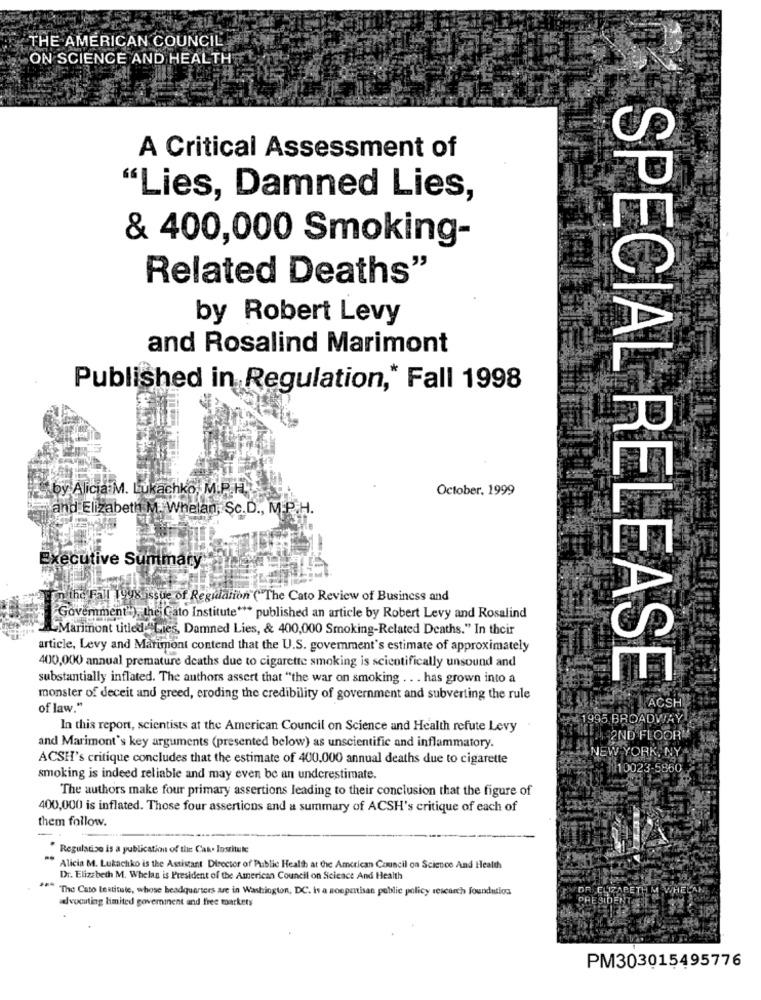
THE AMERICAN COUNCIL
ON SCIENCE AND HEALTH
A Critical Assessment of
"Lies, Damned Lies,
& 400,000 Smoking-
Related Deaths"
by Robert Levy
and Rosalind Marimont
Published in Regulation ,* Fall 1998
by Alicia M. Lukachko; M.P. H.
October, 1999
and Elizabeth M. Whelan, Sc.D ., M.P.H.
Executive Summary
in the Fall 1998 issue of Regulation ("The Cato Review of Business and
"Govemment"), the Cato Institute *** published an article by Robert Levy and Rosalind
Marimont titled "Lies, Damned Lies, & 400,000 Smoking-Related Deaths." In their
article, Levy and Marimont contend that the U.S. govemment's estimate of approximately
400,000 annual premature deaths due to cigarette smoking is scientifically unsound and
substantially inflated. The authors assert that "the war on smoking .. . has grown into a
SPECIAL RELEASE
monster of deceit and greed, eroding the credibility of government and subverting the rule
of law."
ACSH
995 BROADWAY
In this report, scientists at the American Council on Science and Health refute Levy
2ND FLOORM
and Marimont's key arguments (presented below) as unscientific and inflammatory.
JEW YORK, NY
ACSH's critique concludes that the estimate of 400.000 annual deaths due to cigarette
10023-5860
smoking is indeed reliable and may even be an underestimate.
The authors make four primary assertions leading to their conclusion that the figure of
400,000 is inflated. Those four assertions and a summary of ACSH's critique of each of
them follow.
"Regulation is a publication of the Cat. Institule
Alicia M. Lukachko is the Assistant Director of Public Health at the American Council on Science And Health
Dr. Elizabeth M. Whelan is President of the American Council on Science And Health
"The Cato testimate, whose headquarters are in Washington, DC. Is a nonpartisan public policy research foundation
OR ELIZABETH M WHELAN
advocating limited government and free markets
PRESIDENT FF
PM303015495776